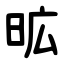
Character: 昿